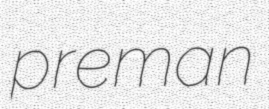
preman